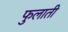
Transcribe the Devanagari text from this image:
फुलाती